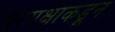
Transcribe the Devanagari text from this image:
वरपक्षाकडून